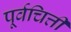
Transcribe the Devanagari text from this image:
पूर्वचित्ती